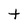
Character: t